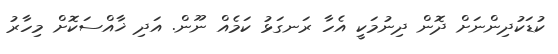
ކުޑަކުދިންނަށް ދޮން ދިނުމަކީ އެހާ ރަނގަޅު ކަމެއް ނޫން. އަދި ޚާއްސަކޮށް މިހާރު